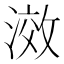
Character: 滧